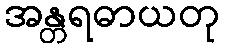
အန္တရဓာယတု